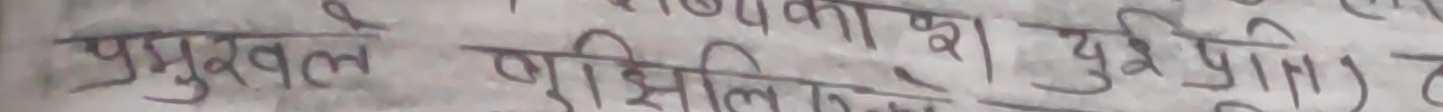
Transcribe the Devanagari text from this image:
प्रमुखले गरिदिएकोले